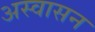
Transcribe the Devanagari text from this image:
अस्वासन